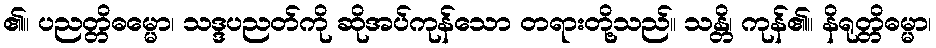
၏။ ပညတ္တိဓမ္မော၊ သဒ္ဒပညတ်ကို ဆိုအပ်ကုန်သော တရားတို့သည်။ သန္တိ၊ ကုန်၏။ နိရုတ္တိဓမ္မာ၊